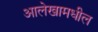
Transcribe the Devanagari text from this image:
आलेखामधील